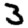
Digit: 3